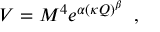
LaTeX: V = M ^ { 4 } e ^ { \alpha ( \kappa Q ) ^ { \beta } } \; \; ,